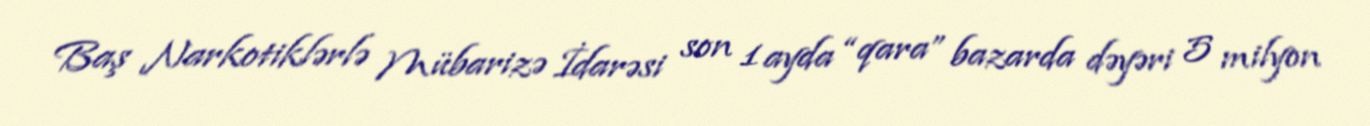
Baş Narkotiklərlə Mübarizə İdarəsi son 1 ayda “qara” bazarda dəyəri 5 milyon